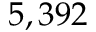
5 , 3 9 2